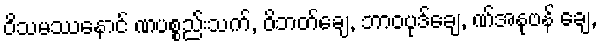
ဝိသမဿနောင် ဏပစ္စည်းသက်, ဝိဘတ်ချေ, ဘာဝပုဒ်ချေ, ဏ်အနုဗန် ချေ,